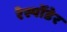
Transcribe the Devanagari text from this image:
रेस्पोंडेर